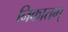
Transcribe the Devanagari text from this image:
निकातम्